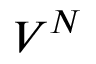
V ^ { N }